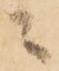
ニ